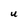
Character: U